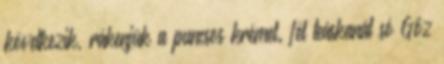
következik, rákenjük a puncsos krémet. fél teáskanál só Gőz